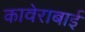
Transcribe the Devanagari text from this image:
कावेराबाई